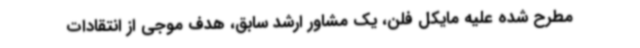
مطرح شده علیه مایکل فلن، یک مشاور ارشد سابق، هدف موجی از انتقادات